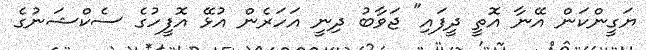
ޔަގީންކަން އޭނާ އޮތީ ދީފައި" ޖަވާބު ދިނީ އަހަރެން އުޅޭ އޮފީހުގެ ސެކްޝަނުގެ